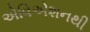
એવિએશનથી